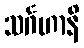
သင်္ဂဟာနိ